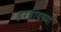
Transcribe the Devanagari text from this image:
हरवायच्या